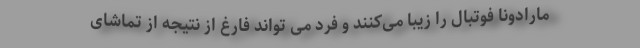
مارادونا فوتبال را زیبا می‌کنند و فرد می تواند فارغ از نتیجه از تماشای